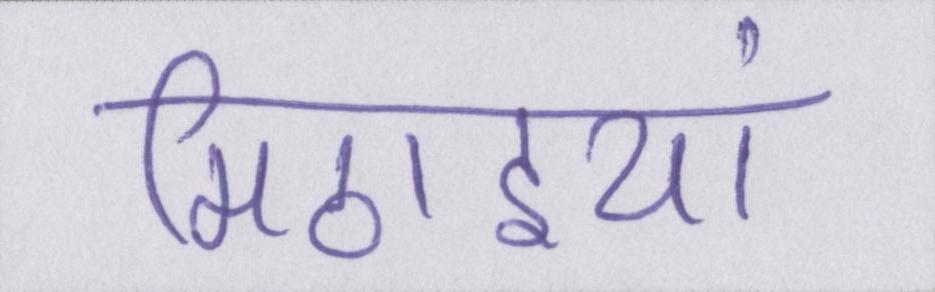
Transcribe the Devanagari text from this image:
मिठाइयां